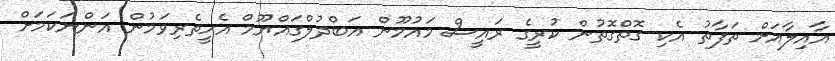
އާއިލާއަށް ތަފާތު އެކި ގޮތްގޮތުން ކުރީގެ ރައީސް މައުމޫން އަބްދުލްގައްޔޫމް އެހީތެރިވަމުން އަންނަކަމަށް